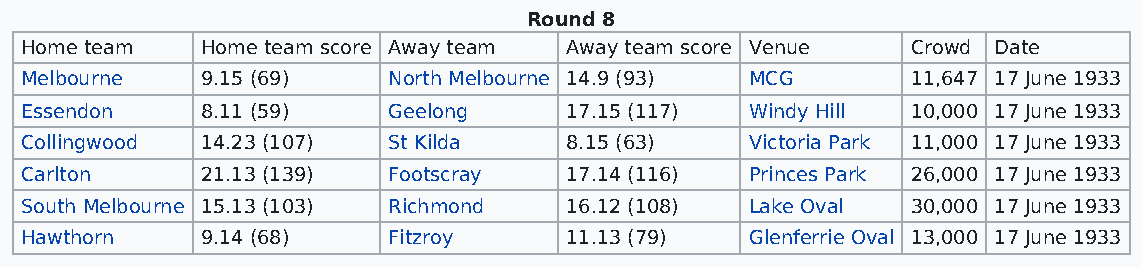
Round 8
 Home team   Home team score Away team Away team score Venue Crowd Date
 Melbourne   9.15 (69)    North Melbourne 14.9 (93) MCG     11,647 17 June 1933
 Essendon    8.11 (59)    Geelong    17.15 (117)  Windy Hill 10,000 17 June 1933
 Collingwood 14.23 (107)  St Kilda   8.15 (63)    Victoria Park 11,000 17 June 1933
 Carlton     21.13 (139)  Footscray  17.14 (116)  Princes Park 26,000 17 June 1933
 South Melbourne 15.13 (103) Richmond 16.12 (108) Lake Oval 30,000 17 June 1933
 Hawthorn    9.14 (68)    Fitzroy    11.13 (79)   Glenferrie Oval 13,000 17 June 1933